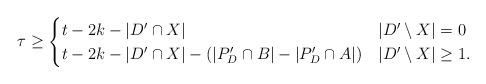
LaTeX: \begin{align*}\tau \geq \begin{cases}t - 2k - |D'\cap X| & |D'\setminus X| = 0 \\t - 2k - |D'\cap X| - (|P_D'\cap B| - |P_D'\cap A|) & |D'\setminus X| \geq 1.\end{cases}\end{align*}